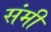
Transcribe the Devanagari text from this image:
संमी